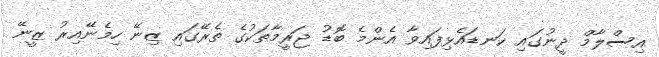
އިސްލާމް ދީނުގައި ކަނޑައެޅިފައިވާ އެންމެ ބޮޑު ޖަރީމާތަކުގެ ތެރޭގައި ޒިނޭ ހިމެނޭއިރު ޒީނޭ